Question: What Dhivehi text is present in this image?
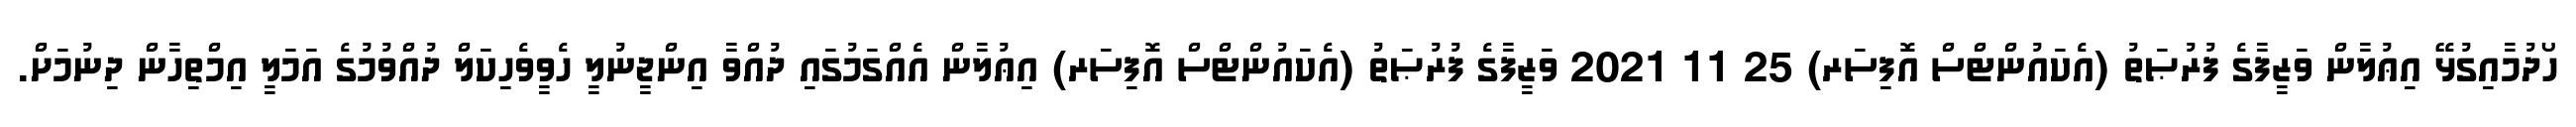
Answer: ހޯދުމާއިގުޅޭ އިޢުލާން ވަޒީފާގެ ފުރުޞަތު (އެކައުންޓްސް އޮފިސަރ) 25 11 2021 ވަޒީފާގެ ފުރުޞަތު (އެކައުންޓްސް އޮފިސަރ) އިޢުލާން އެއްގަމުގައި ދުއްވާ އިންޖީނުލީ ހެވީވެހިކަލް ދުއްވުމުގެ އަމަލީ އިމްތިހާން ދިނުމަށް.